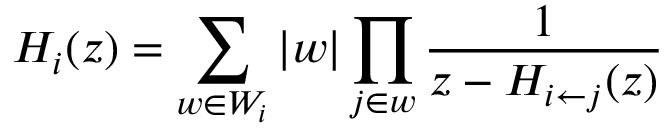
H _ { i } ( z ) = \sum _ { w \in W _ { i } } \vert w \vert \prod _ { j \in w } { \frac { 1 } { z - H _ { i \leftarrow j } ( z ) } }